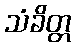
သံခိတ္တ